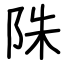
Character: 陎